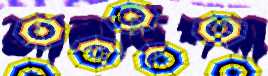
আনাড়িপনা